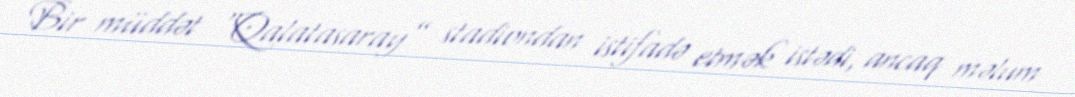
Bir müddət “Qalatasaray” stadiondan istifadə etmək istədi, ancaq məlum